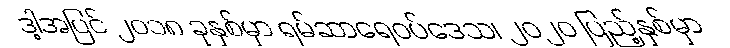
ဒါ့အပြင် ၂၀၁၈ ခုနှစ်မှာ ရမ်ဆာရေဝပ်ဒေသ၊ ၂၀၂၀ ပြည့်နှစ်မှာ